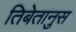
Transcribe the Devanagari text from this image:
तिबेतानुस